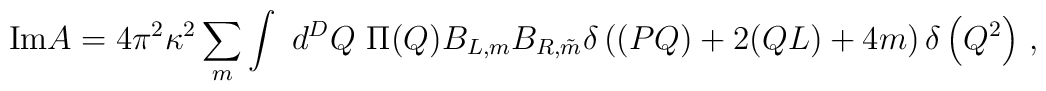
\mbox{Im} A = 4\pi^{2} \kappa^{2}            \sum_{m} \int~d^{D}Q~ \Pi (Q)  B_{L,m} B_{R,\tilde{m}}            \delta\left((PQ) + 2(QL) + 4m\right)            \delta\left(Q^{2}\right) \,,